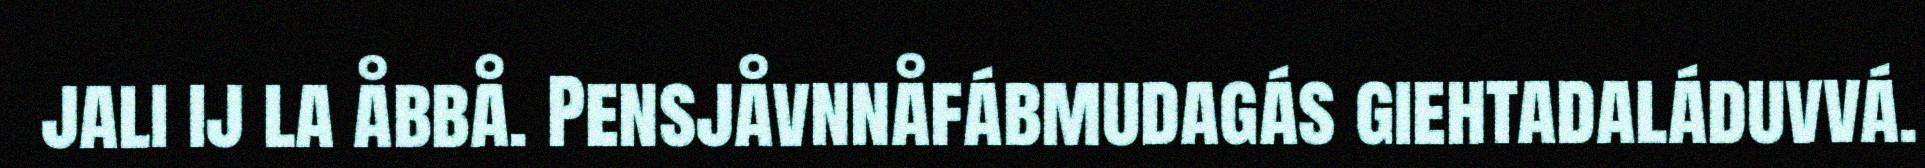
jali ij la åbbå. Pensjåvnnåfábmudagás giehtadaláduvvá.